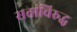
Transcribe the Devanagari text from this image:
सत्तांविरुद्ध